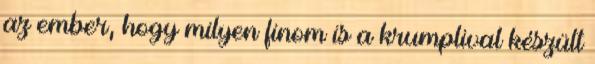
az ember, hogy milyen finom is a krumplival készült